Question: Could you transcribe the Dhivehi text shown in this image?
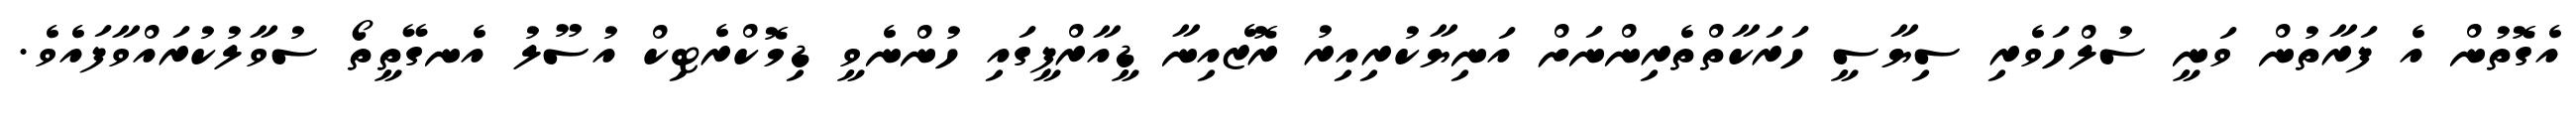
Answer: އެގޮތުން އެ ފަރާތުން ވަނީ ސުލްހަވެރި ސިޔާސީ ހަރަކާތްތެރިންނަށް އަނިޔާކުރިއިރު ރޮޒެއިނާ ޑީއާރްޕީގައި ހުންނެވީ ޑިމޮކްރެޓިކް އުސޫލު އެނގޭތީތޯ ސުވާލުކުރައްވާފައެވެ.